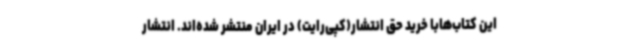
این کتاب‌هابا خرید حق انتشار(کپی‌رایت) در ایران منتشر شده‌اند. انتشار